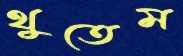
থুতেম